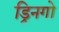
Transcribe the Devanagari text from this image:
ड्रिनगो